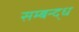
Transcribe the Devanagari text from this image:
सम्बन्द्ध